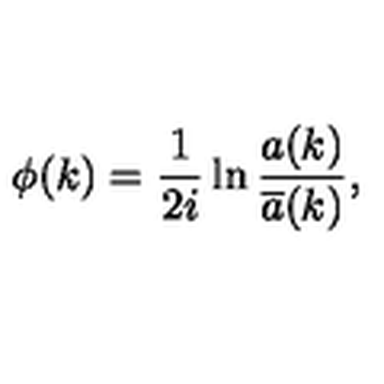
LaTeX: \phi ( k ) = { \frac 1 { 2 i } } \ln \frac { a ( k ) } { \overline { { a } } ( k ) } ,